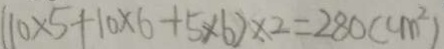
( 1 0 \times 5 + 1 0 \times 6 + 5 \times 6 ) \times 2 = 2 8 0 ( c m ^ { 2 } )